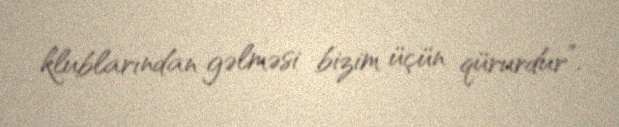
klublarından gəlməsi bizim üçün qürurdur”.